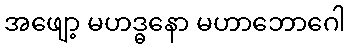
အဖျော့ မဟဒ္ဓနော မဟာဘောဂေါ